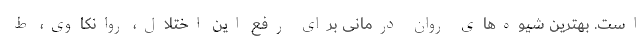
است. بهترین شیوه‌های روان درمانی برای رفع این اختلال، روانکاوی، ط